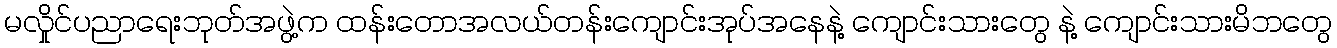
မလှိုင်ပညာရေးဘုတ်အဖွဲ့က ထန်းတောအလယ်တန်းကျောင်းအုပ်အနေနဲ့ ကျောင်းသားတွေ နဲ့ ကျောင်းသားမိဘတွေ